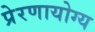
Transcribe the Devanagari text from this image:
प्रेरणायोग्य